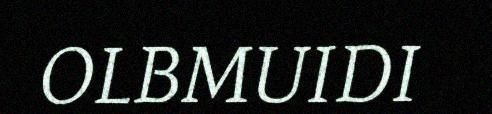
OLBMUIDI